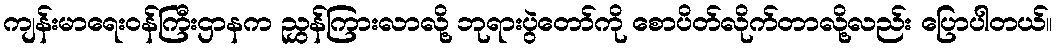
ကျန်းမာရေးဝန်ကြီးဌာနက ညွှန်ကြားလာလို့ ဘုရားပွဲတော်ကို စောပိတ်လိုက်တာလို့လည်း ပြောပါတယ်။